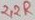
Text: 22R